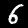
Digit: 6